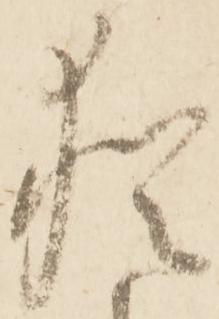
猶